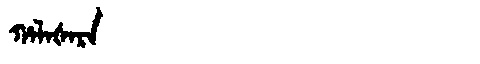
Manchu: ᡥᠠᠯᠠᡧᠠᡵᠠ
Romanization: HALAŠARA